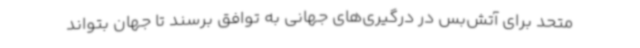
متحد برای آتش‌بس در درگیری‌های جهانی به توافق برسند تا جهان بتواند